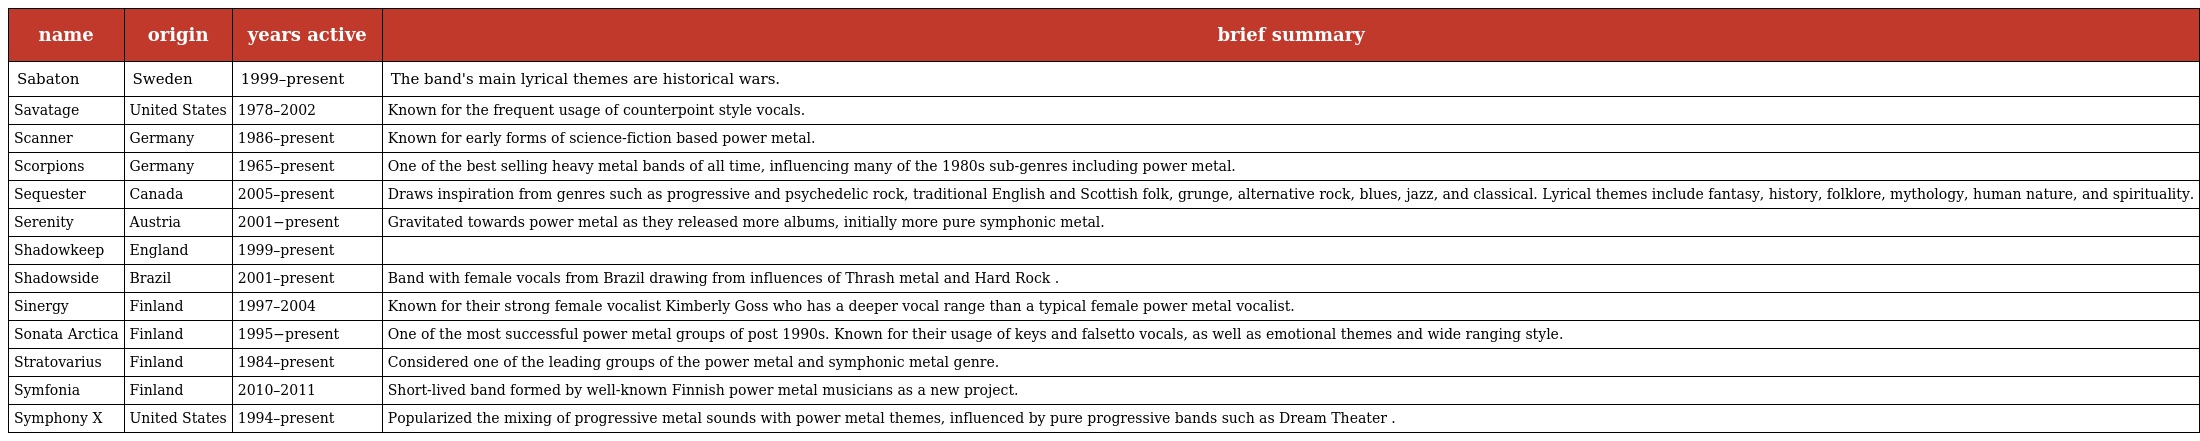
| name | origin | years active | brief summary |
 | --- | --- | --- | --- |
 | Sabaton | Sweden | 1999–present | The band's main lyrical themes are historical wars. |
 | Savatage | United States | 1978–2002 | Known for the frequent usage of counterpoint style vocals. |
 | Scanner | Germany | 1986–present | Known for early forms of science-fiction based power metal. |
 | Scorpions | Germany | 1965–present | One of the best selling heavy metal bands of all time, influencing many of the 1980s sub-genres including power metal. |
 | Sequester | Canada | 2005–present | Draws inspiration from genres such as progressive and psychedelic rock, traditional English and Scottish folk, grunge, alternative rock, blues, jazz, and classical. Lyrical themes include fantasy, history, folklore, mythology, human nature, and spirituality. |
 | Serenity | Austria | 2001−present | Gravitated towards power metal as they released more albums, initially more pure symphonic metal. |
 | Shadowkeep | England | 1999–present |  |
 | Shadowside | Brazil | 2001–present | Band with female vocals from Brazil drawing from influences of Thrash metal and Hard Rock . |
 | Sinergy | Finland | 1997–2004 | Known for their strong female vocalist Kimberly Goss who has a deeper vocal range than a typical female power metal vocalist. |
 | Sonata Arctica | Finland | 1995−present | One of the most successful power metal groups of post 1990s. Known for their usage of keys and falsetto vocals, as well as emotional themes and wide ranging style. |
 | Stratovarius | Finland | 1984–present | Considered one of the leading groups of the power metal and symphonic metal genre. |
 | Symfonia | Finland | 2010–2011 | Short-lived band formed by well-known Finnish power metal musicians as a new project. |
 | Symphony X | United States | 1994–present | Popularized the mixing of progressive metal sounds with power metal themes, influenced by pure progressive bands such as Dream Theater . |